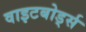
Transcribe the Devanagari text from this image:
वाइटबोर्ड्स